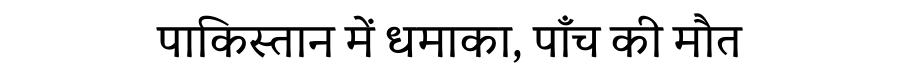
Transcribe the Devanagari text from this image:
पाकिस्तान में धमाका, पाँच की मौत